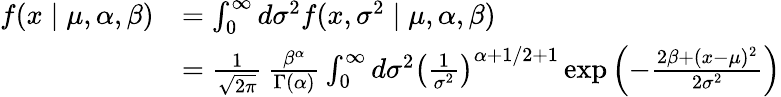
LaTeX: {\begin{array}{rl}{f(x\mid\mu,\alpha,\beta)}&{=\int_{0}^{\infty}d\sigma^{2}f(x,\sigma^{2}\mid\mu,\alpha,\beta)}\\ &{={\frac{1}{\sqrt{2\pi}}}\, {\frac{\beta^{\alpha}}{\Gamma(\alpha)}}\int_{0}^{\infty}d\sigma^{2}\left({\frac{1}{\sigma^{2}}}\right)^{\alpha+1/2+1}\exp\left(-{\frac{2\beta+(x-\mu)^{2}}{2\sigma^{2}}}\right)}\end{array}}